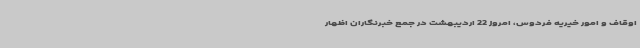
اوقاف و امور خیریه فردوس، امروز 22 اردیبهشت در جمع خبرنگاران اظهار